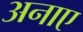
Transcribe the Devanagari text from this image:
अनाए